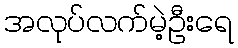
အလုပ်လက်မဲ့ဦးရေ